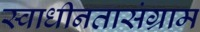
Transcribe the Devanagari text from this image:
स्वाधीनतासंग्राम